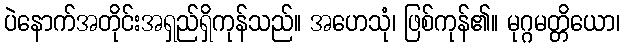
ပဲနောက်အတိုင်းအရှည်ရှိကုန်သည်။ အဟေသုံ၊ ဖြစ်ကုန်၏။ မုဂ္ဂမတ္တိယော၊